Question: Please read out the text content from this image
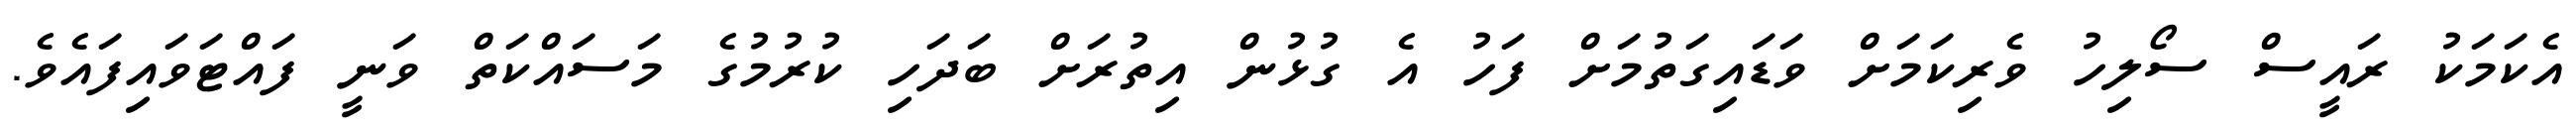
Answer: އެކަމަކު ރައީސް ސޯލިހު ވެރިކަމަށް ވަޑައިގަތުމަށް ފަހު އެ ގުޅުން އިތުރަށް ބަދަހި ކުރުމުގެ މަސައްކަތް ވަނީ ފައްޓަވައިފައެވެ.